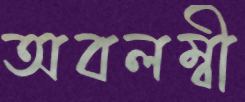
অবলম্বী